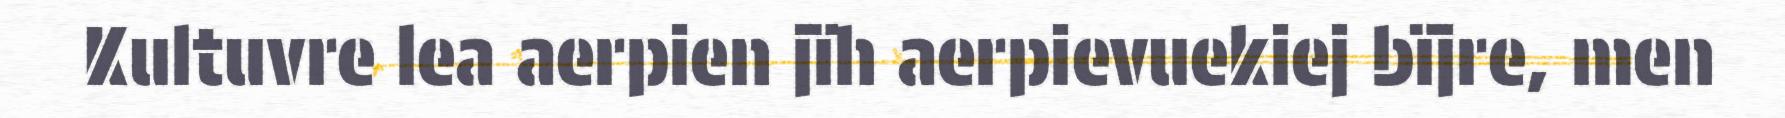
Kultuvre lea aerpien jïh aerpievuekiej bïjre, men